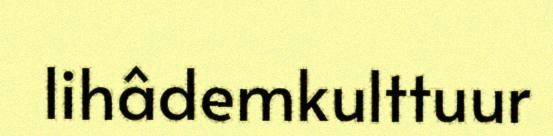
lihâdemkulttuur